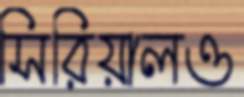
সিরিয়ালও